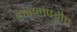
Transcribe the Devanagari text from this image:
हकालपट्टीत